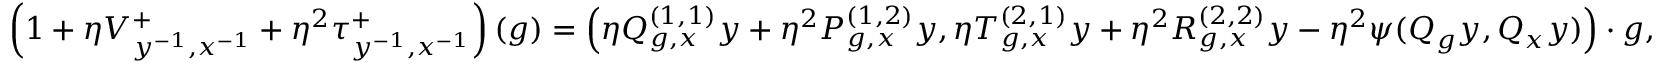
\begin{array} { r l } & { \left( 1 + \eta V _ { y ^ { - 1 } , x ^ { - 1 } } ^ { + } + \eta ^ { 2 } \tau _ { y ^ { - 1 } , x ^ { - 1 } } ^ { + } \right) ( g ) = \left( \eta Q _ { g , x } ^ { ( 1 , 1 ) } y + \eta ^ { 2 } P _ { g , x } ^ { ( 1 , 2 ) } y , \eta T _ { g , x } ^ { ( 2 , 1 ) } y + \eta ^ { 2 } R _ { g , x } ^ { ( 2 , 2 ) } y - \eta ^ { 2 } \psi ( Q _ { g } y , Q _ { x } y ) \right) \cdot g , } \end{array}